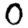
Digit: 0